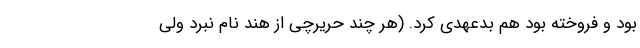
بود و فروخته بود هم بدعهدی کرد. (هر چند حریرچی از هند نام نبرد ولی